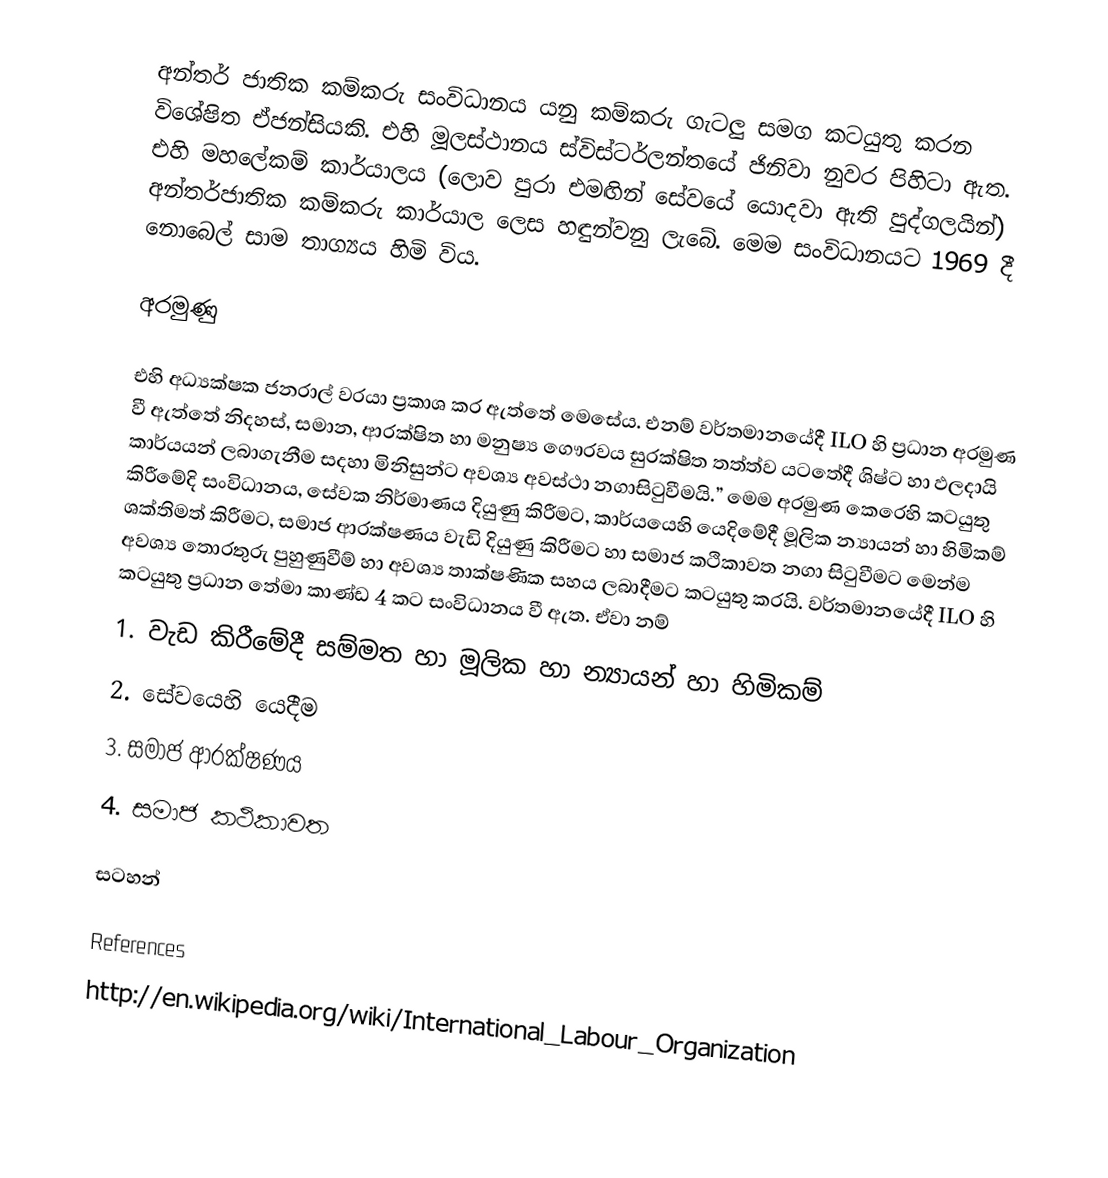
අන්තර් ජාතික කම්කරු සංවිධානය යනු කම්කරු ගැටලු සමග කටයුතු කරන විශේෂිත ඒජන්සියකි. එහි මූලස්ථානය ස්විස්ටර්ලන්තයේ ජිනිවා නුවර පිහිටා ඇත. එහි මහලේකම් කාර්යාලය (ලොව පුරා එමඟින් සේවයේ යොදවා ඇති පුද්ගලයින්) අන්තර්ජාතික කම්කරු කාර්යාල ලෙස හඳුන්වනු ලැබේ.  මෙම සංවිධානයට 1969 දී නොබෙල් සාම තාග්‍යය හිමි විය.

අරමුණු

එහි අධ්‍යක්ෂක ජනරාල් වරයා ප්‍රකාශ කර  ඇත්තේ මෙසේය. එනම් වර්තමානයේදී  ILO හි ප්‍රධාන අරමුණ වී ඇත්තේ නිදහස්, සමාන, ආරක්ෂිත හා මනුෂ්‍ය ගෞරවය සුරක්ෂිත තත්ත්ව යටතේදී ශිෂ්ට හා ඵලදායි කාර්යයන් ලබාගැනීම සදහා මිනිසුන්ට අවශ්‍ය අවස්ථා නගාසිටුවීමයි.”  මෙම අරමුණ කෙරෙහි කටයුතු කිරීමේදි සංවිධානය, සේවක නිර්මාණය දියුණු කිරීමට, කාර්යයෙහි යෙදිමේදී මූලික න්‍යායන් හා හිමිකම් ශක්තිමත් කිරීමට, සමාජ ආරක්ෂණය වැඩි දියුණු කිරීමට හා සමාජ කථිකාවත නගා සිටුවීමට මෙන්ම අවශ්‍ය තොරතුරු පුහුණුවීම් හා අවශ්‍ය තාක්ෂණික සහය ලබාදීමට කටයුතු කරයි. වර්තමානයේදී ILO හි කටයුතු ප්‍රධාන තේමා කාණ්ඩ 4 කට සංවිධානය වී ඇත. ඒවා නම්
1.	වැඩ කිරීමේදී සම්මත හා මූලික හා න්‍යායන් හා හිමිකම්
2.	සේවයෙහි යෙදීම
3.	සමාජ ආරක්ෂණය
4.	සමාජ කථිකාවත

සටහන්

References
http://en.wikipedia.org/wiki/International_Labour_Organization